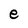
Character: e